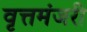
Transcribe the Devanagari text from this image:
वृत्तमंजरी